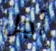
أجل